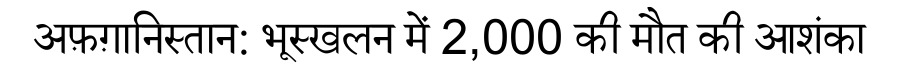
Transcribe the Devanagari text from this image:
अफ़ग़ानिस्तान: भूस्खलन में 2,000 की मौत की आशंका